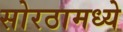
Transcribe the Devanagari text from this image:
सोरठामध्ये